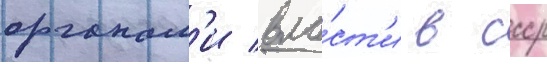
органам'и вла́ст'и в ссср